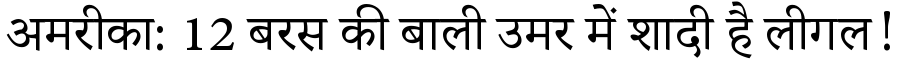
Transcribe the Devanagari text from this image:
अमरीका: 12 बरस की बाली उमर में शादी है लीगल!